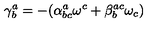
\mathbf { \gamma } _ { b } ^ { a } = - ( \alpha _ { b c } ^ { a } \mathbf { \omega } ^ { c } + \beta _ { b } ^ { a c } \mathbf { \omega } _ { c } )